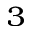
^ 3